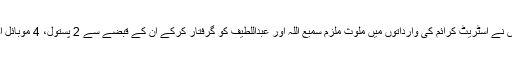
ڈیفنس،درخشاں میں بھی پولیس نے اسٹریٹ کرائم کی وارداتوں میں ملوث ملزم سمیع اللہ اور عبداللطیف کو گرفتار کرکے ان کے قبضے سے 2 پستول، 4 موبائل اور موٹرسائیکل برآمد کی ہیں۔